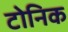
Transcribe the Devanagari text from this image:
टोनिक